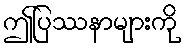
ဤပြဿနာများကို